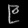
Digit: ၉